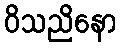
ဝိသညိနော